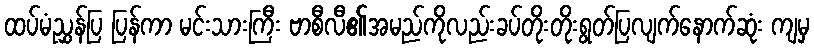
ထပ်မံညွှန်ပြ ပြန်ကာ မင်းသားကြီး ဗာစီလီ၏အမည်ကိုလည်းခပ်တိုးတိုးရွတ်ပြလျက်နောက်ဆုံး ကျမှ